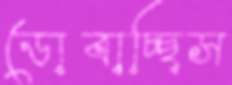
ডোবাচ্ছিস